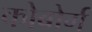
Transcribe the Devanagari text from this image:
कोबोर्ग